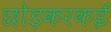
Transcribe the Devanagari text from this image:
छोड़करकई